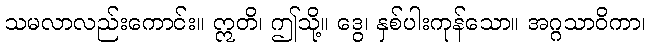
သမလာလည်းကောင်း။ ဣတိ၊ ဤသို့။ ဒွေ၊ နှစ်ပါးကုန်သော။ အဂ္ဂသာဝိကာ၊